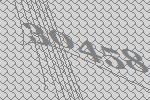
30458